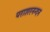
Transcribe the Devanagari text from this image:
पराशरनन्दन